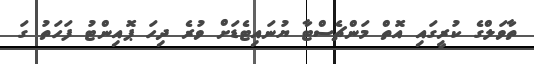
ތާވަލްގެ ކުރީގައި އޮތް މަންޗެސްޓާ ޔުނައިޓެޑަށް ވުރެ ދިހަ ޕޮއިންޓު ފަހަތު ގަ